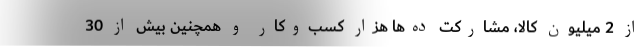
از 2 میلیون کالا،‌ مشارکت ده‌ها هزار کسب‌وکار و همچنین بیش از 30